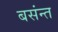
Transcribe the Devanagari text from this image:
बसंन्त